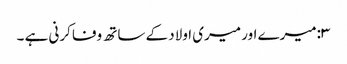
۳:میرے اور میری اولاد کے ساتھ وفا کرنی ہے ۔